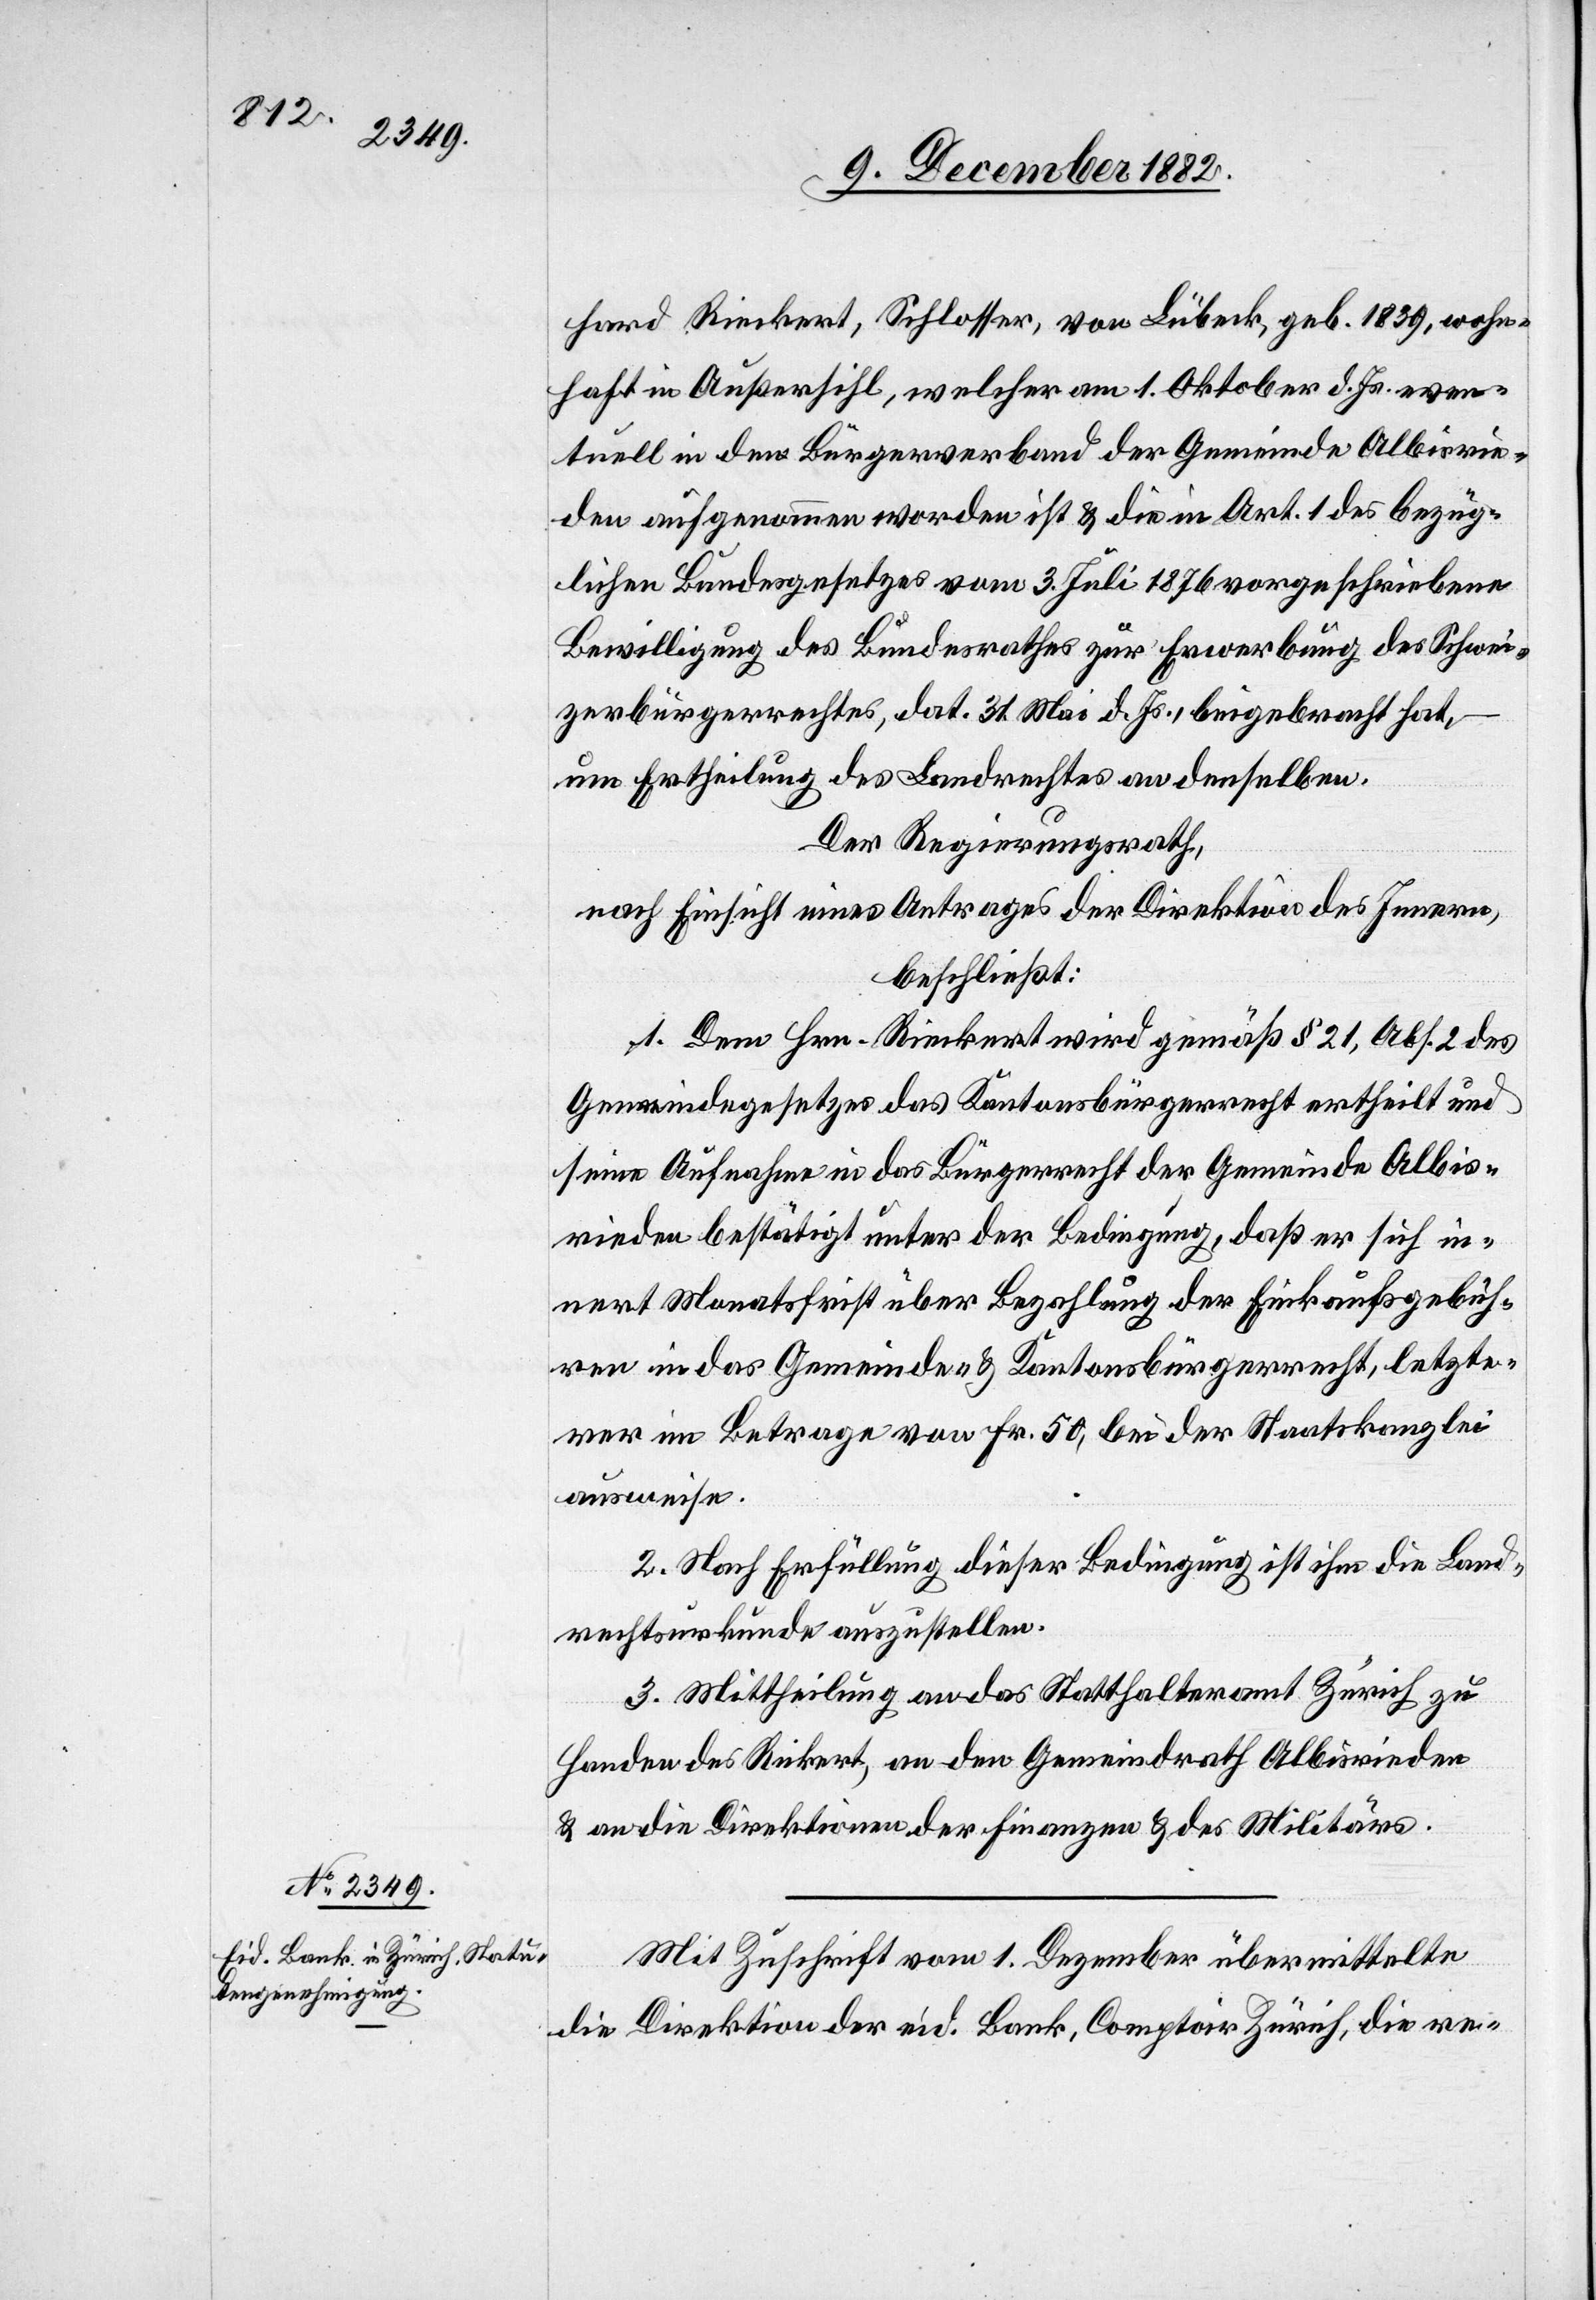
hard Rieckert, Schlosser, von Lübeck, geb. 1839, wohn¬
haft in Außersihl, welcher am 1. Oktober d. Js. even¬
tuell in den Bürgerverband der Gemeinde Albisrie¬
den aufgenommen worden ist & die in Art. 1 des bezüg¬
lichen Bundesgesetzes vom 3. Juli 1876 vorgeschriebene
Bewilligung des Bundesrathes zur Erwerbung des Schwei¬
zerbürgerrechtes, dat. 31. Mai d. Js., beigebracht hat,
um Ertheilung des Landrechtes an denselben.
Der Regierungsrath,
nach Einsicht eines Antrages der Direktion des Innern,
beschließt:
1. Dem Hrn. Rieckert wird gemäß § 21, Abs. 2 des
Gemeindegesetzes das Kantonsbürgerrecht ertheilt und
seine Aufnahme in das Bürgerrecht der Gemeinde Albis¬
rieden bestätigt unter der Bedingung, daß er sich in¬
nert Monatsfrist über Bezahlung der Einkaufsgebüh¬
ren in das Gemeinde- & Kantonsbürgerrecht, letzte¬
rer im Betrage von Fr. 50, bei der Staatskanzlei
ausweise.
2. Nach Erfüllung dieser Bedingung ist ihm die Land¬
rechtsurkunde auszustellen.
3. Mittheilung an das Statthalteramt Zürich zu
Handen des Rieckert, an den Gemeindrath Albisrieden
& an die Direktionen der Finanzen & des Militärs.
Mit Zuschrift vom 1. Dezember übermittelte
die Direktion der eid. Bank, Comptoir Zürich, die re-